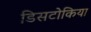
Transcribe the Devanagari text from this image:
डिसटोकिया